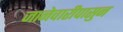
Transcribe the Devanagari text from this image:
जानेवारीपासुन